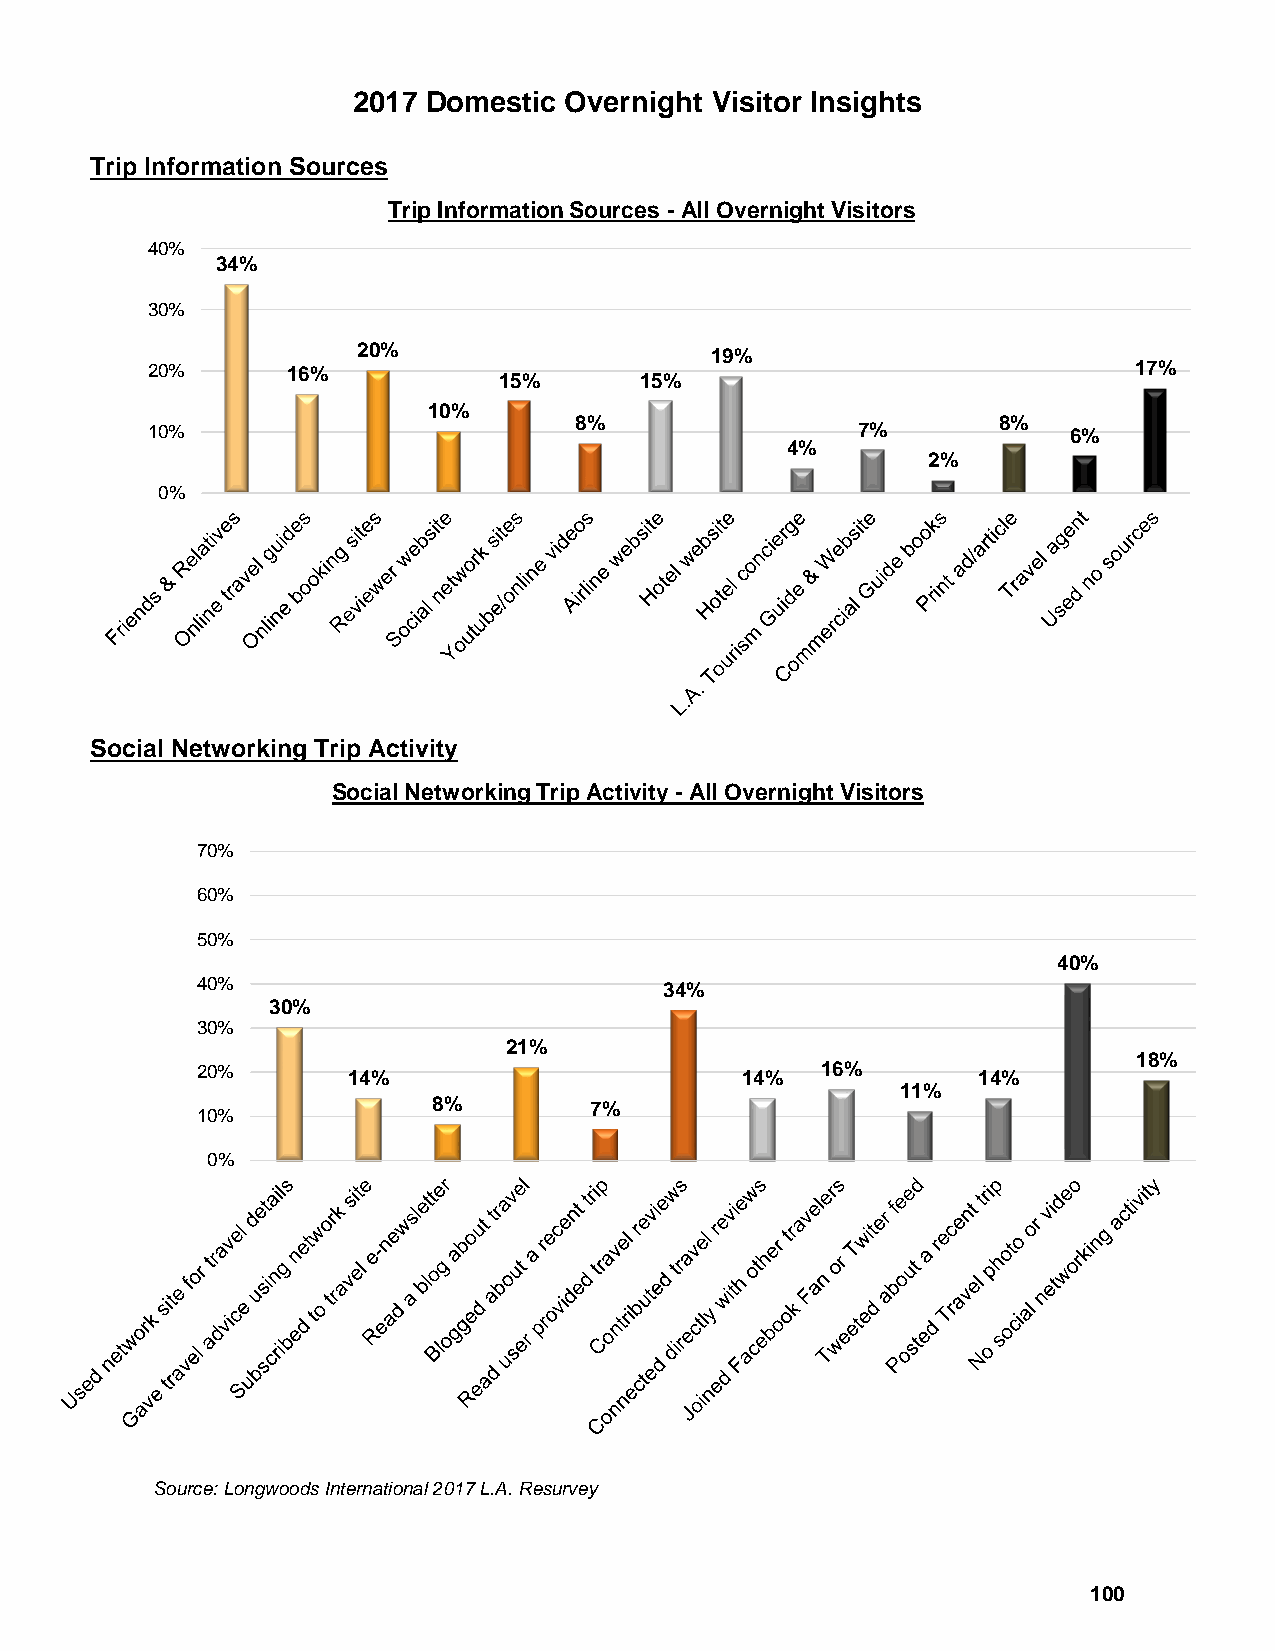
2017 Domestic Overnight Visitor Insights
 Trip Information Sources
 Trip Information Sources - All Overnight Visitors
 40%
 34%
 30%
 20%                    19%
 20%      16%           15%      15%                              17%
 10%
 10%                         8%                 7%       8%   6%
 4%
 2%
 0%
 Social Networking Trip Activity
 Social Networking Trip Activity - All Overnight Visitors
 70%
 60%
 50%
 40%
 40%
 34%
 30%
 30%
 21%
 18%
 20%                                      16%
 14%                       14%             14%
 11%
 8%        7%
 10%
 0%
 Source: Longwoods International 2017 L.A. Resurvey
 100